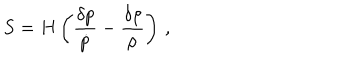
S = H \left( { \frac { \delta p } { \dot { p } } } - { \frac { \delta \rho } { \dot { \rho } } } \right) \, ,